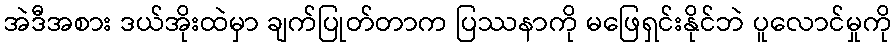
အဲဒီအစား ဒယ်အိုးထဲမှာ ချက်ပြုတ်တာက ပြဿနာကို မဖြေရှင်းနိုင်ဘဲ ပူလောင်မှုကို